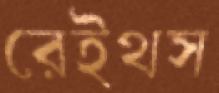
রেইথস